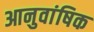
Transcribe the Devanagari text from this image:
आनुवांषिक